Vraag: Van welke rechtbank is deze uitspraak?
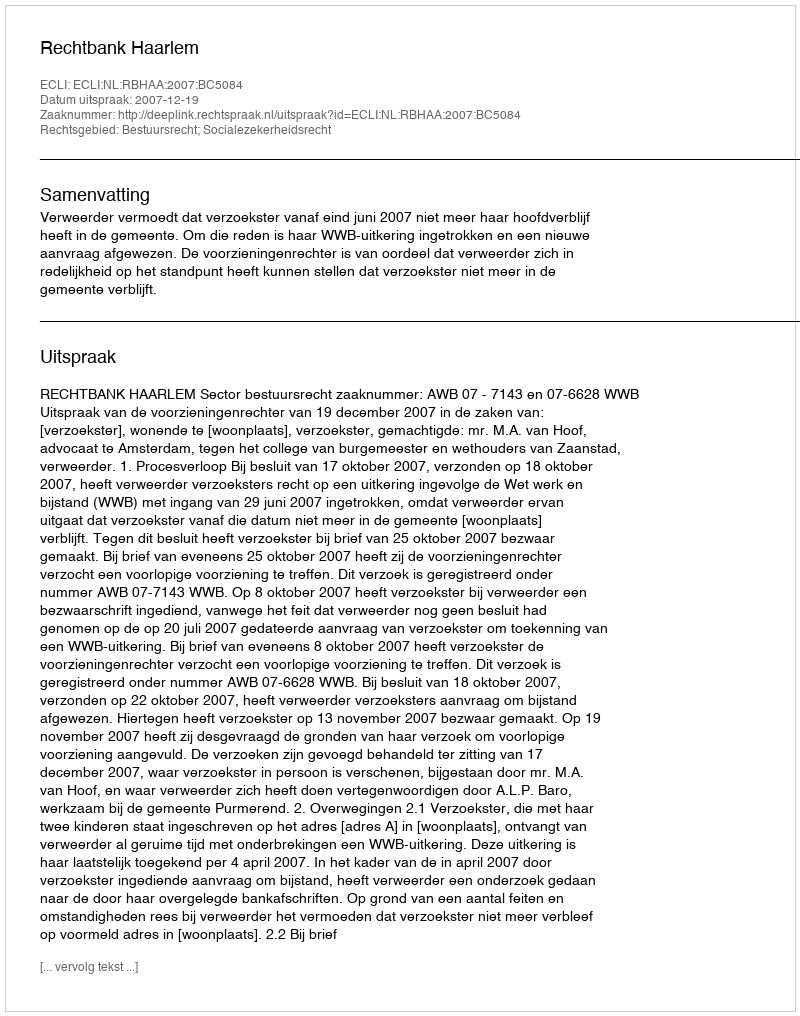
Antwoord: Rechtbank Haarlem